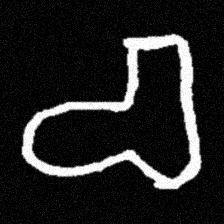
Pyu character \u2014 Myanmar letter: စ (romanized: ca)